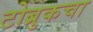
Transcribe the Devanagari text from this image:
टोब्रुकचा